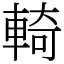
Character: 輢